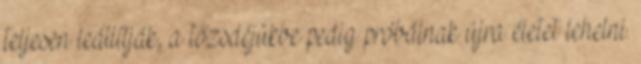
teljesen leállítják, a tőzsdéjükbe pedig próbálnak újra életet lehelni.